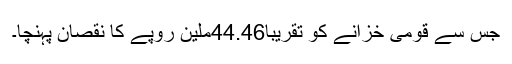
جس سے قومی خزانے کو تقریبا44.46ملین روپے کا نقصان پہنچا۔